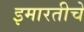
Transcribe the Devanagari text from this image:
इमारतीचें